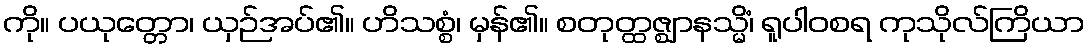
ကို။ ပယုတ္တော၊ ယှဉ်အပ်၏။ ဟိသစ္စံ၊ မှန်၏။ စတုတ္ထဇ္ဈာနသ္မိံ၊ ရူပါဝစရ ကုသိုလ်ကြိယာ